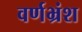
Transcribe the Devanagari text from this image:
वर्णभ्रंश